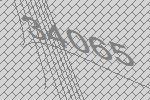
34065